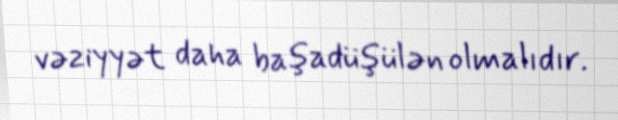
vəziyyət daha başadüşülən olmalıdır.